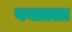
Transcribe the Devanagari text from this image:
वयातला